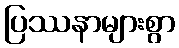
ပြဿနာများစွာ